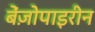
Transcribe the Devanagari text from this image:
बेंज़ोपाइरीन